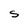
Character: S